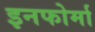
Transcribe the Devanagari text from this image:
इनफोर्मा